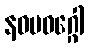
နဝမဝဂ္ဂေါ